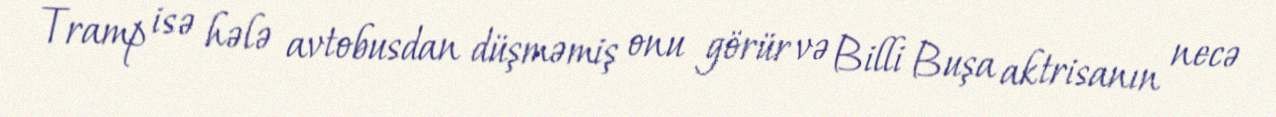
Tramp isə hələ avtobusdan düşməmiş onu görür və Billi Buşa aktrisanın necə